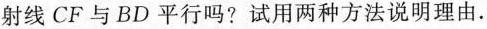
射线CF与BD平行吗?试用两种方法说明理由.